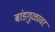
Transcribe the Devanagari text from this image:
बांडगुळावर